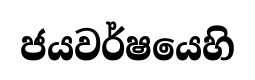
ජයවර්ෂයෙහි